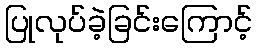
ပြုလုပ်ခဲ့ခြင်းကြောင့်